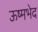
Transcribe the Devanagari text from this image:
ऊष्मभेद